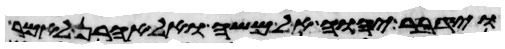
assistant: וידבר יהוה אל משה ואל אהרן לאמר